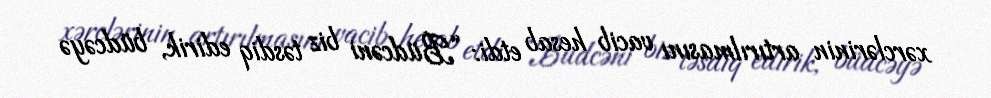
xərclərinin artırılmasını vacib hesab etdi: “Büdcəni biz təsdiq edirik, büdcəyə